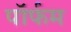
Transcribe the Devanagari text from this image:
पॉर्फम